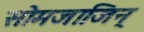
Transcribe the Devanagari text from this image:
सोमजाजिन्